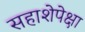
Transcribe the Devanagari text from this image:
सहाशेपेक्षा